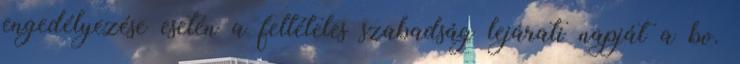
engedélyezése esetén a feltételes szabadság lejárati napját a bv.